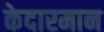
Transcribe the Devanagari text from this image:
केदारमान